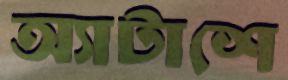
অ্যাটাশে